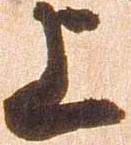
上